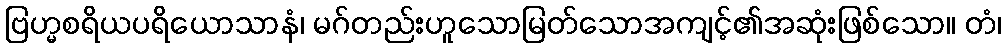
ဗြဟ္မစရိယပရိယောသာနံ၊ မဂ်တည်းဟူသောမြတ်သောအကျင့်၏အဆုံးဖြစ်သော။ တံ၊